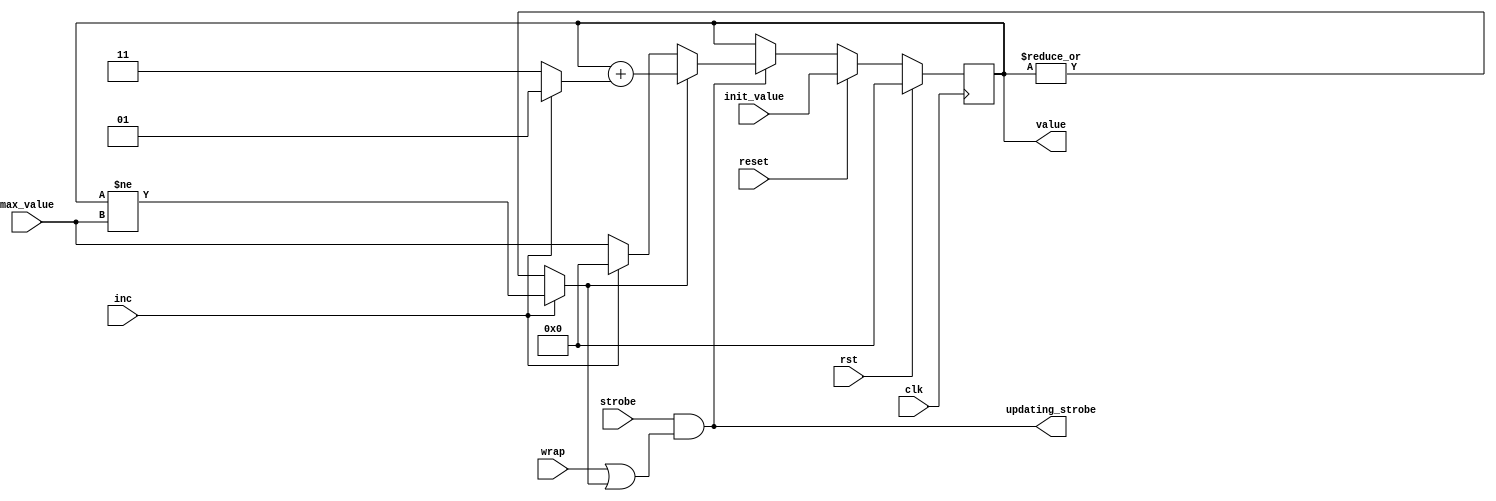
/* Generated by Yosys 0.23+8 (git sha1 48659ee2b, clang 14.0.0 -fPIC -Os) */

module counter(rst, wrap, init_value, max_value, inc, strobe, reset, value, updating_strobe, clk);
  reg \$auto$verilog_backend.cc:2083:dump_module$1  = 0;
  wire \$1 ;
  wire [9:0] \$11 ;
  wire [8:0] \$12 ;
  wire [8:0] \$14 ;
  wire [1:0] \$15 ;
  wire [9:0] \$18 ;
  wire [7:0] \$20 ;
  wire \$3 ;
  wire \$5 ;
  wire \$7 ;
  wire \$9 ;
  wire can_update;
  input clk;
  wire clk;
  input inc;
  wire inc;
  input [7:0] init_value;
  wire [7:0] init_value;
  input [7:0] max_value;
  wire [7:0] max_value;
  input reset;
  wire reset;
  input rst;
  wire rst;
  input strobe;
  wire strobe;
  output updating_strobe;
  wire updating_strobe;
  output [7:0] value;
  reg [7:0] value = 8'h00;
  reg [7:0] \value$next ;
  input wrap;
  wire wrap;
  assign \$9  = strobe & \$7 ;
  assign \$12  = + value;
  assign \$15  = inc ? 2'h1 : 2'h3;
  assign \$14  = + $signed(\$15 );
  assign \$18  = $signed(\$12 ) + $signed(\$14 );
  assign \$1  = value != max_value;
  assign \$20  = inc ? 8'h00 : max_value;
  always @(posedge clk)
    value <= \value$next ;
  assign \$3  = | value;
  assign \$5  = inc ? \$1  : \$3 ;
  assign \$7  = wrap | can_update;
  always @* begin
    if (\$auto$verilog_backend.cc:2083:dump_module$1 ) begin end
    \value$next  = value;
    casez ({ updating_strobe, reset })
      2'b?1:
          \value$next  = init_value;
      2'b1?:
          (* full_case = 32'd1 *)
          casez (can_update)
            1'h1:
                \value$next  = \$18 [7:0];
            default:
                \value$next  = \$20 ;
          endcase
    endcase
    casez (rst)
      1'h1:
          \value$next  = 8'h00;
    endcase
  end
  assign \$11  = \$18 ;
  assign updating_strobe = \$9 ;
  assign can_update = \$5 ;
endmodule

module decoder(rst, channels, direction, force_x2, debounce, x1_value, strobe_x2, strobe_x4, strobe_x1, clk);
  reg \$auto$verilog_backend.cc:2083:dump_module$2  = 0;
  wire \$1 ;
  wire \$11 ;
  wire \$13 ;
  wire \$15 ;
  wire \$17 ;
  wire \$19 ;
  wire \$21 ;
  wire \$23 ;
  wire \$25 ;
  wire \$27 ;
  wire \$29 ;
  wire \$3 ;
  wire [1:0] \$5 ;
  wire \$7 ;
  wire \$9 ;
  input [1:0] channels;
  wire [1:0] channels;
  input clk;
  wire clk;
  input debounce;
  wire debounce;
  wire dir;
  output direction;
  reg direction = 1'h0;
  reg \direction$next ;
  input force_x2;
  wire force_x2;
  reg [1:0] prev_channels = 2'h0;
  reg [1:0] \prev_channels$next ;
  input rst;
  wire rst;
  output strobe_x1;
  wire strobe_x1;
  output strobe_x2;
  wire strobe_x2;
  output strobe_x4;
  reg strobe_x4 = 1'h0;
  reg \strobe_x4$next ;
  input [1:0] x1_value;
  wire [1:0] x1_value;
  assign \$9  = \$3  | \$7 ;
  assign \$11  = strobe_x4 & \$9 ;
  assign \$13  = channels == x1_value;
  assign \$15  = strobe_x4 & \$13 ;
  assign \$17  = force_x2 ? strobe_x2 : \$15 ;
  assign \$1  = channels[0] ^ prev_channels[1];
  assign \$19  = channels != prev_channels;
  assign \$21  = dir == direction;
  assign \$23  = ~ debounce;
  assign \$25  = \$21  | \$23 ;
  assign \$27  = channels != prev_channels;
  assign \$29  = channels != prev_channels;
  always @(posedge clk)
    strobe_x4 <= \strobe_x4$next ;
  always @(posedge clk)
    prev_channels <= \prev_channels$next ;
  always @(posedge clk)
    direction <= \direction$next ;
  assign \$3  = channels == x1_value;
  assign \$5  = ~ x1_value;
  assign \$7  = channels == \$5 ;
  always @* begin
    if (\$auto$verilog_backend.cc:2083:dump_module$2 ) begin end
    \strobe_x4$next  = 1'h0;
    casez (\$19 )
      1'h1:
          \strobe_x4$next  = \$25 ;
    endcase
    casez (rst)
      1'h1:
          \strobe_x4$next  = 1'h0;
    endcase
  end
  always @* begin
    if (\$auto$verilog_backend.cc:2083:dump_module$2 ) begin end
    \prev_channels$next  = prev_channels;
    casez (\$27 )
      1'h1:
          \prev_channels$next  = channels;
    endcase
    casez (rst)
      1'h1:
          \prev_channels$next  = channels;
    endcase
  end
  always @* begin
    if (\$auto$verilog_backend.cc:2083:dump_module$2 ) begin end
    \direction$next  = direction;
    casez (\$29 )
      1'h1:
          \direction$next  = dir;
    endcase
    casez (rst)
      1'h1:
          \direction$next  = 1'h0;
    endcase
  end
  assign strobe_x1 = \$17 ;
  assign strobe_x2 = \$11 ;
  assign dir = \$1 ;
endmodule

module dev(rst, channels, force_x2, cs, sck, sdi, tx, pwm_signal, direction, counter, clk);
  wire \$2 ;
  wire \$4 ;
  wire \$6 ;
  wire [1:0] \$signal ;
  input [1:0] channels;
  wire [1:0] channels;
  input clk;
  wire clk;
  output [7:0] counter;
  wire [7:0] counter;
  wire counter_inc;
  wire [7:0] counter_init_value;
  wire [7:0] counter_max_value;
  wire counter_reset;
  wire counter_strobe;
  wire counter_updating_strobe;
  wire [7:0] counter_value;
  wire counter_wrap;
  input cs;
  wire cs;
  wire decoder_debounce;
  wire decoder_force_x2;
  wire decoder_strobe_x1;
  wire decoder_strobe_x2;
  wire decoder_strobe_x4;
  wire [1:0] decoder_x1_value;
  output direction;
  wire direction;
  input force_x2;
  wire force_x2;
  wire gearbox_enable;
  wire gearbox_strobe;
  wire [7:0] gearbox_timer_cycles;
  wire [7:0] pwm_duty;
  wire [7:0] pwm_max_duty;
  output pwm_signal;
  wire pwm_signal;
  input rst;
  wire rst;
  input sck;
  wire sck;
  input sdi;
  wire sdi;
  wire serial_out_strobe;
  wire [7:0] serial_out_word;
  wire spi_busy;
  wire spi_cs;
  wire [31:0] spi_data;
  wire spi_force_x2;
  wire spi_sck;
  wire spi_sdi;
  wire spi_strobe;
  output tx;
  wire tx;
  assign \$2  = force_x2 | spi_force_x2;
  assign \$4  = ~ spi_busy;
  assign \$6  = \$4  & gearbox_strobe;
  counter \counter$1  (
    .clk(clk),
    .inc(counter_inc),
    .init_value(counter_init_value),
    .max_value(counter_max_value),
    .reset(counter_reset),
    .rst(rst),
    .strobe(counter_strobe),
    .updating_strobe(counter_updating_strobe),
    .value(counter_value),
    .wrap(counter_wrap)
  );
  decoder decoder (
    .channels(channels),
    .clk(clk),
    .debounce(decoder_debounce),
    .direction(direction),
    .force_x2(decoder_force_x2),
    .rst(rst),
    .strobe_x1(decoder_strobe_x1),
    .strobe_x2(decoder_strobe_x2),
    .strobe_x4(decoder_strobe_x4),
    .x1_value(decoder_x1_value)
  );
  gearbox gearbox (
    .clk(clk),
    .enable(gearbox_enable),
    .rst(rst),
    .strobe(gearbox_strobe),
    .strobe_x1(decoder_strobe_x1),
    .strobe_x2(decoder_strobe_x2),
    .strobe_x4(decoder_strobe_x4),
    .timer_cycles(gearbox_timer_cycles)
  );
  pwm pwm (
    .clk(clk),
    .duty(pwm_duty),
    .max_duty(pwm_max_duty),
    .pwm_signal(pwm_signal),
    .rst(rst)
  );
  serial_out serial_out (
    .clk(clk),
    .rst(rst),
    .strobe(serial_out_strobe),
    .tx(tx),
    .word(serial_out_word)
  );
  spi spi (
    .busy(spi_busy),
    .clk(clk),
    .cs(spi_cs),
    .data(spi_data),
    .rst(rst),
    .sck(spi_sck),
    .sdi(spi_sdi),
    .strobe(spi_strobe)
  );
  assign serial_out_strobe = counter_updating_strobe;
  assign serial_out_word = counter_value;
  assign pwm_max_duty = counter_max_value;
  assign pwm_duty = counter_value;
  assign counter = counter_value;
  assign counter_reset = spi_strobe;
  assign counter_strobe = \$6 ;
  assign counter_inc = direction;
  assign { counter_max_value, counter_init_value, gearbox_timer_cycles, \$signal , spi_force_x2, decoder_x1_value, decoder_debounce, counter_wrap, gearbox_enable } = spi_data;
  assign spi_sdi = sdi;
  assign spi_sck = sck;
  assign spi_cs = cs;
  assign decoder_force_x2 = \$2 ;
endmodule

module gearbox(rst, enable, timer_cycles, strobe, strobe_x2, strobe_x4, strobe_x1, clk);
  reg \$auto$verilog_backend.cc:2083:dump_module$3  = 0;
  wire [8:0] \$1 ;
  wire [5:0] \$10 ;
  wire [5:0] \$11 ;
  wire \$13 ;
  wire \$14 ;
  wire \$17 ;
  wire [5:0] \$19 ;
  wire [8:0] \$2 ;
  wire [5:0] \$20 ;
  wire [4:0] \$22 ;
  wire [4:0] \$23 ;
  wire [1:0] \$25 ;
  wire \$27 ;
  wire \$29 ;
  wire \$31 ;
  wire \$4 ;
  wire \$6 ;
  wire \$8 ;
  input clk;
  wire clk;
  input enable;
  wire enable;
  wire [1:0] g;
  wire [1:0] gear;
  reg [7:0] period = 8'h7f;
  reg [7:0] \period$next ;
  input rst;
  wire rst;
  output strobe;
  reg strobe;
  input strobe_x1;
  wire strobe_x1;
  input strobe_x2;
  wire strobe_x2;
  input strobe_x4;
  wire strobe_x4;
  reg [4:0] threshold = 5'h00;
  reg [4:0] \threshold$next ;
  input [7:0] timer_cycles;
  wire [7:0] timer_cycles;
  assign \$11  = threshold - 1'h1;
  assign \$14  = & threshold;
  assign \$13  = ~ \$14 ;
  assign \$17  = strobe_x4 & \$13 ;
  assign \$20  = threshold + 1'h1;
  assign \$25  = g[1] ? 2'h2 : g;
  assign \$2  = period + 1'h1;
  assign \$29  = enable ? strobe_x2 : strobe_x1;
  assign \$31  = enable ? strobe_x4 : strobe_x1;
  always @(posedge clk)
    period <= \period$next ;
  always @(posedge clk)
    threshold <= \threshold$next ;
  assign \$4  = period == timer_cycles;
  assign \$6  = period == timer_cycles;
  assign \$8  = | threshold;
  always @* begin
    if (\$auto$verilog_backend.cc:2083:dump_module$3 ) begin end
    \period$next  = \$2 [7:0];
    casez (\$4 )
      1'h1:
          \period$next  = 8'h00;
    endcase
    casez (rst)
      1'h1:
          \period$next  = 8'h7f;
    endcase
  end
  always @* begin
    if (\$auto$verilog_backend.cc:2083:dump_module$3 ) begin end
    \threshold$next  = threshold;
    casez (\$6 )
      1'h1:
          casez (\$8 )
            1'h1:
                \threshold$next  = \$11 [4:0];
          endcase
    endcase
    casez (\$17 )
      1'h1:
          \threshold$next  = \$20 [4:0];
    endcase
    casez (rst)
      1'h1:
          \threshold$next  = 5'h00;
    endcase
  end
  always @* begin
    if (\$auto$verilog_backend.cc:2083:dump_module$3 ) begin end
    (* full_case = 32'd1 *)
    casez (gear)
      2'h0:
          strobe = \$27 ;
      2'h1:
          strobe = \$29 ;
      2'h?:
          strobe = \$31 ;
    endcase
  end
  assign \$1  = \$2 ;
  assign \$10  = \$11 ;
  assign \$19  = \$20 ;
  assign \$22  = \$23 ;
  assign gear = \$25 ;
  assign g = \$23 [1:0];
  assign \$23  = { 3'h0, threshold[4:3] };
  assign \$27  = strobe_x1;
endmodule

module pwm(rst, pwm_signal, duty, max_duty, clk);
  reg \$auto$verilog_backend.cc:2083:dump_module$4  = 0;
  wire [8:0] \$1 ;
  wire \$10 ;
  wire \$12 ;
  wire [8:0] \$2 ;
  wire \$4 ;
  wire \$6 ;
  wire \$8 ;
  input clk;
  wire clk;
  reg [7:0] counter = 8'h00;
  reg [7:0] \counter$next ;
  input [7:0] duty;
  wire [7:0] duty;
  input [7:0] max_duty;
  wire [7:0] max_duty;
  output pwm_signal;
  reg pwm_signal = 1'h0;
  reg \pwm_signal$next ;
  input rst;
  wire rst;
  assign \$10  = counter == duty;
  assign \$12  = | duty;
  always @(posedge clk)
    counter <= \counter$next ;
  always @(posedge clk)
    pwm_signal <= \pwm_signal$next ;
  assign \$2  = counter + 1'h1;
  assign \$4  = counter == max_duty;
  assign \$6  = counter == duty;
  assign \$8  = counter == max_duty;
  always @* begin
    if (\$auto$verilog_backend.cc:2083:dump_module$4 ) begin end
    \counter$next  = \$2 [7:0];
    casez ({ \$6 , \$4  })
      2'b?1:
          \counter$next  = 8'h00;
    endcase
    casez (rst)
      1'h1:
          \counter$next  = 8'h00;
    endcase
  end
  always @* begin
    if (\$auto$verilog_backend.cc:2083:dump_module$4 ) begin end
    \pwm_signal$next  = pwm_signal;
    casez ({ \$10 , \$8  })
      2'b?1:
          \pwm_signal$next  = \$12 ;
      2'b1?:
          \pwm_signal$next  = 1'h0;
    endcase
    casez (rst)
      1'h1:
          \pwm_signal$next  = 1'h0;
    endcase
  end
  assign \$1  = \$2 ;
endmodule

module serial_out(rst, tx, word, strobe, clk);
  reg \$auto$verilog_backend.cc:2083:dump_module$5  = 0;
  wire \$1 ;
  wire \$10 ;
  wire [13:0] \$3 ;
  wire \$5 ;
  wire [4:0] \$7 ;
  wire [4:0] \$8 ;
  input clk;
  wire clk;
  reg [13:0] data = 14'h0001;
  reg [13:0] \data$next ;
  reg [3:0] i = 4'h0;
  reg [3:0] \i$next ;
  input rst;
  wire rst;
  reg start = 1'h0;
  reg \start$next ;
  input strobe;
  wire strobe;
  output tx;
  wire tx;
  input [7:0] word;
  wire [7:0] word;
  assign \$10  = | i;
  always @(posedge clk)
    data <= \data$next ;
  always @(posedge clk)
    i <= \i$next ;
  always @(posedge clk)
    start <= \start$next ;
  assign \$1  = | i;
  assign \$3  = + data[13:1];
  assign \$5  = | i;
  assign \$8  = i - 1'h1;
  always @* begin
    if (\$auto$verilog_backend.cc:2083:dump_module$5 ) begin end
    \data$next  = data;
    casez ({ start, \$1  })
      2'b?1:
          \data$next  = \$3 ;
      2'b1?:
          \data$next  = { 5'h1f, word, 1'h0 };
    endcase
    casez (rst)
      1'h1:
          \data$next  = 14'h0001;
    endcase
  end
  always @* begin
    if (\$auto$verilog_backend.cc:2083:dump_module$5 ) begin end
    \i$next  = i;
    casez ({ start, \$5  })
      2'b?1:
          \i$next  = \$8 [3:0];
      2'b1?:
          \i$next  = 4'hd;
    endcase
    casez (rst)
      1'h1:
          \i$next  = 4'h0;
    endcase
  end
  always @* begin
    if (\$auto$verilog_backend.cc:2083:dump_module$5 ) begin end
    \start$next  = start;
    casez ({ start, \$10  })
      2'b?1:
          /* empty */;
      2'b1?:
          \start$next  = 1'h0;
    endcase
    casez (strobe)
      1'h1:
          \start$next  = 1'h1;
    endcase
    casez (rst)
      1'h1:
          \start$next  = 1'h0;
    endcase
  end
  assign \$7  = \$8 ;
  assign tx = data[0];
endmodule

module spi(rst, cs, sck, sdi, data, busy, strobe, clk);
  reg \$auto$verilog_backend.cc:2083:dump_module$6  = 0;
  wire \$1 ;
  wire \$11 ;
  wire \$13 ;
  wire \$15 ;
  wire \$17 ;
  wire \$19 ;
  wire \$21 ;
  wire \$23 ;
  wire \$25 ;
  wire [6:0] \$27 ;
  wire [6:0] \$28 ;
  wire \$3 ;
  wire \$30 ;
  wire \$32 ;
  wire \$34 ;
  wire \$36 ;
  wire \$38 ;
  wire \$40 ;
  wire \$42 ;
  wire \$44 ;
  wire \$46 ;
  wire \$48 ;
  wire \$5 ;
  wire \$50 ;
  wire \$52 ;
  wire \$7 ;
  wire \$9 ;
  (* \amaranth.sample_reg  = 32'd1 *)
  reg \$sample$s$cs$sync$1  = 1'h0;
  wire \$sample$s$cs$sync$1$next ;
  (* \amaranth.sample_reg  = 32'd1 *)
  reg \$sample$s$sck$sync$1  = 1'h0;
  wire \$sample$s$sck$sync$1$next ;
  output busy;
  reg busy = 1'h0;
  reg \busy$next ;
  input clk;
  wire clk;
  input cs;
  wire cs;
  output [31:0] data;
  reg [31:0] data = 32'd520109572;
  reg [31:0] \data$next ;
  reg [5:0] i = 6'h00;
  reg [5:0] \i$next ;
  input rst;
  wire rst;
  input sck;
  wire sck;
  input sdi;
  wire sdi;
  output strobe;
  reg strobe = 1'h0;
  reg \strobe$next ;
  assign \$9  = ~ \$sample$s$sck$sync$1 ;
  assign \$11  = \$9  & sck;
  assign \$13  = i == 6'h20;
  assign \$15  = ~ cs;
  assign \$17  = \$sample$s$cs$sync$1  & \$15 ;
  assign \$1  = ~ cs;
  assign \$19  = ~ \$sample$s$cs$sync$1 ;
  assign \$21  = \$19  & cs;
  assign \$23  = ~ \$sample$s$sck$sync$1 ;
  assign \$25  = \$23  & sck;
  assign \$28  = i + 1'h1;
  assign \$30  = ~ cs;
  assign \$32  = \$sample$s$cs$sync$1  & \$30 ;
  assign \$34  = ~ \$sample$s$cs$sync$1 ;
  assign \$36  = \$34  & cs;
  assign \$38  = ~ \$sample$s$sck$sync$1 ;
  assign \$3  = \$sample$s$cs$sync$1  & \$1 ;
  assign \$40  = \$38  & sck;
  assign \$42  = ~ cs;
  assign \$44  = \$sample$s$cs$sync$1  & \$42 ;
  assign \$46  = ~ \$sample$s$cs$sync$1 ;
  assign \$48  = \$46  & cs;
  assign \$50  = ~ \$sample$s$sck$sync$1 ;
  assign \$52  = \$50  & sck;
  always @(posedge clk)
    \$sample$s$cs$sync$1  <= \$sample$s$cs$sync$1$next ;
  always @(posedge clk)
    \$sample$s$sck$sync$1  <= \$sample$s$sck$sync$1$next ;
  always @(posedge clk)
    strobe <= \strobe$next ;
  always @(posedge clk)
    i <= \i$next ;
  always @(posedge clk)
    busy <= \busy$next ;
  always @(posedge clk)
    data <= \data$next ;
  assign \$5  = ~ \$sample$s$cs$sync$1 ;
  assign \$7  = \$5  & cs;
  always @* begin
    if (\$auto$verilog_backend.cc:2083:dump_module$6 ) begin end
    \strobe$next  = 1'h0;
    casez ({ busy, \$3  })
      2'b?1:
          /* empty */;
      2'b1?:
          casez ({ \$11 , \$7  })
            2'b?1:
                \strobe$next  = \$13 ;
          endcase
    endcase
    casez (rst)
      1'h1:
          \strobe$next  = 1'h0;
    endcase
  end
  always @* begin
    if (\$auto$verilog_backend.cc:2083:dump_module$6 ) begin end
    \i$next  = i;
    casez ({ busy, \$17  })
      2'b?1:
          \i$next  = 6'h00;
      2'b1?:
          casez ({ \$25 , \$21  })
            2'b?1:
                /* empty */;
            2'b1?:
                \i$next  = \$28 [5:0];
          endcase
    endcase
    casez (rst)
      1'h1:
          \i$next  = 6'h00;
    endcase
  end
  always @* begin
    if (\$auto$verilog_backend.cc:2083:dump_module$6 ) begin end
    \busy$next  = busy;
    casez ({ busy, \$32  })
      2'b?1:
          \busy$next  = 1'h1;
      2'b1?:
          casez ({ \$40 , \$36  })
            2'b?1:
                \busy$next  = 1'h0;
          endcase
    endcase
    casez (rst)
      1'h1:
          \busy$next  = 1'h0;
    endcase
  end
  always @* begin
    if (\$auto$verilog_backend.cc:2083:dump_module$6 ) begin end
    \data$next  = data;
    casez ({ busy, \$44  })
      2'b?1:
          /* empty */;
      2'b1?:
          casez ({ \$52 , \$48  })
            2'b?1:
                /* empty */;
            2'b1?:
                \data$next  = { data[30:0], sdi };
          endcase
    endcase
    casez (rst)
      1'h1:
          \data$next  = 32'd520109572;
    endcase
  end
  assign \$27  = \$28 ;
  assign \$sample$s$sck$sync$1$next  = sck;
  assign \$sample$s$cs$sync$1$next  = cs;
endmodule

module swalense_top(io_in, io_out);
  wire [1:0] dev_channels;
  wire dev_clk;
  wire [7:0] dev_counter;
  wire dev_cs;
  wire dev_direction;
  wire dev_force_x2;
  wire dev_pwm_signal;
  wire dev_rst;
  wire dev_sck;
  wire dev_sdi;
  wire dev_tx;
  input [7:0] io_in;
  wire [7:0] io_in;
  output [7:0] io_out;
  wire [7:0] io_out;
  dev dev (
    .channels(dev_channels),
    .clk(dev_clk),
    .counter(dev_counter),
    .cs(dev_cs),
    .direction(dev_direction),
    .force_x2(dev_force_x2),
    .pwm_signal(dev_pwm_signal),
    .rst(dev_rst),
    .sck(dev_sck),
    .sdi(dev_sdi),
    .tx(dev_tx)
  );
  assign io_out = { dev_counter[4:0], dev_direction, dev_pwm_signal, dev_tx };
  assign { dev_sdi, dev_sck, dev_cs, dev_force_x2, dev_channels } = io_in[7:2];
  assign dev_rst = io_in[1];
  assign dev_clk = io_in[0];
endmodule